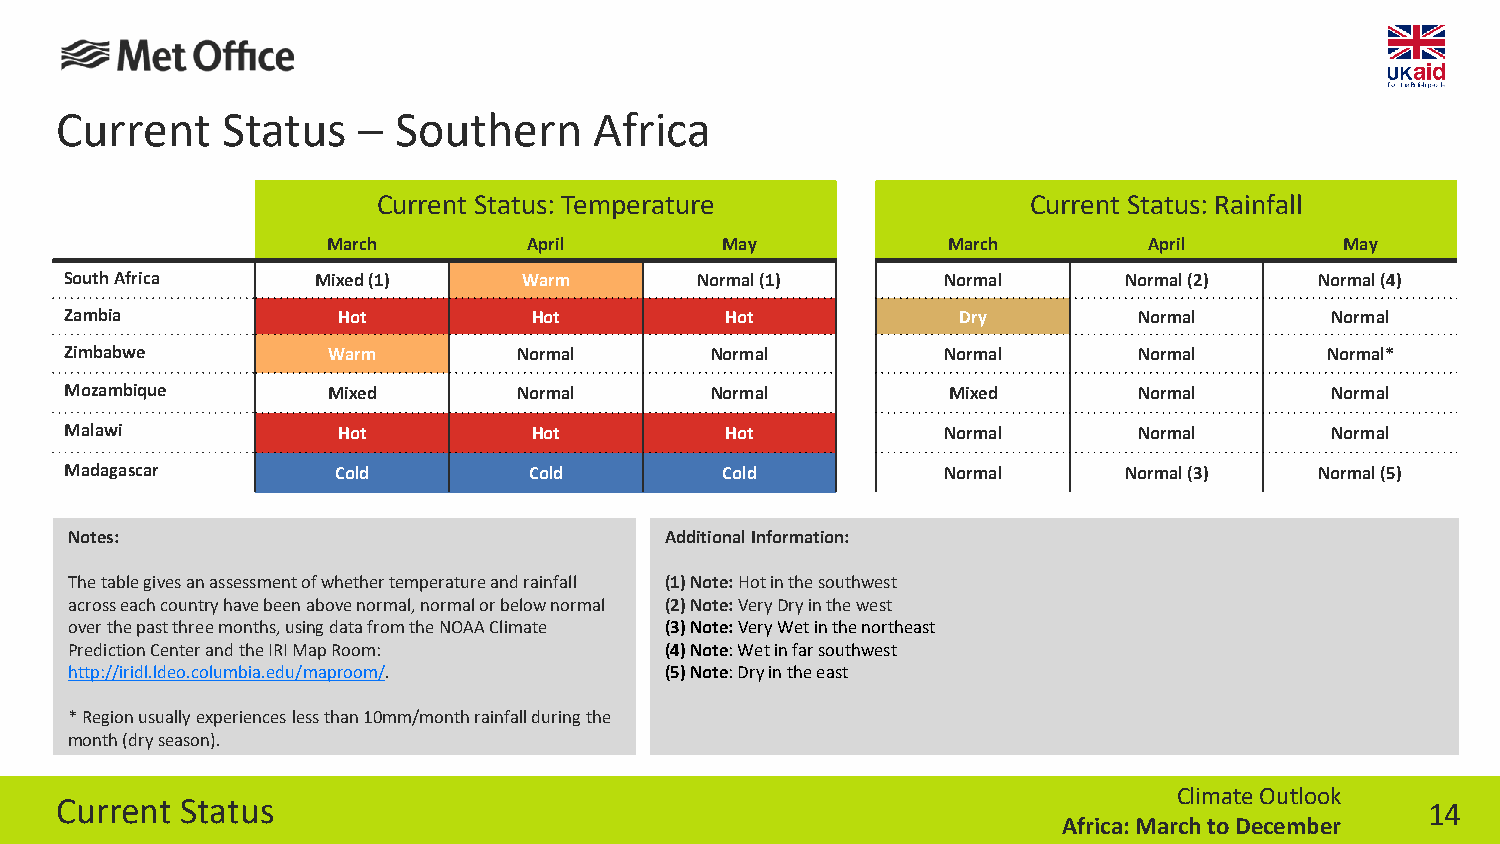
Current    Status   – Southern     Africa
 Current Status: Temperature                Current Status: Rainfall
 March        April        May            March        April        May
 South Africa     Mixed (1)     Warm       Normal (1)       Normal     Normal (2)   Normal (4)
 Zambia            Hot          Hot          Hot             Dry        Normal       Normal
 Zimbabwe          Warm        Normal       Normal          Normal      Normal       Normal*
 Mozambique        Mixed       Normal       Normal          Mixed       Normal       Normal
 Malawi            Hot          Hot          Hot            Normal      Normal       Normal
 Madagascar        Cold         Cold         Cold           Normal     Normal (3)   Normal (5)
 Notes:                                 Additional Information:
 The table gives an assessment of whether temperature and rainfall (1) Note: Hot in the southwest
 across each country have been above normal, normal or below normal (2) Note: Very Dry in the west
 over the past three months, using data from the NOAA Climate (3) Note: Very Wet in the northeast
 Prediction Center and the IRI Map Room: (4) Note: Wet in far southwest
 http://iridl.ldeo.columbia.edu/maproom/. (5) Note: Dry in the east
 * Region usually experiences less than 10mm/month rainfall during the
 month (dry season).
 Climate Outlook
 Current Status                                                                             14
 Africa: March to December